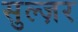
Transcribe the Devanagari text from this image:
सुल्ज़र